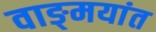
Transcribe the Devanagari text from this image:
वाङ्‌मयांत